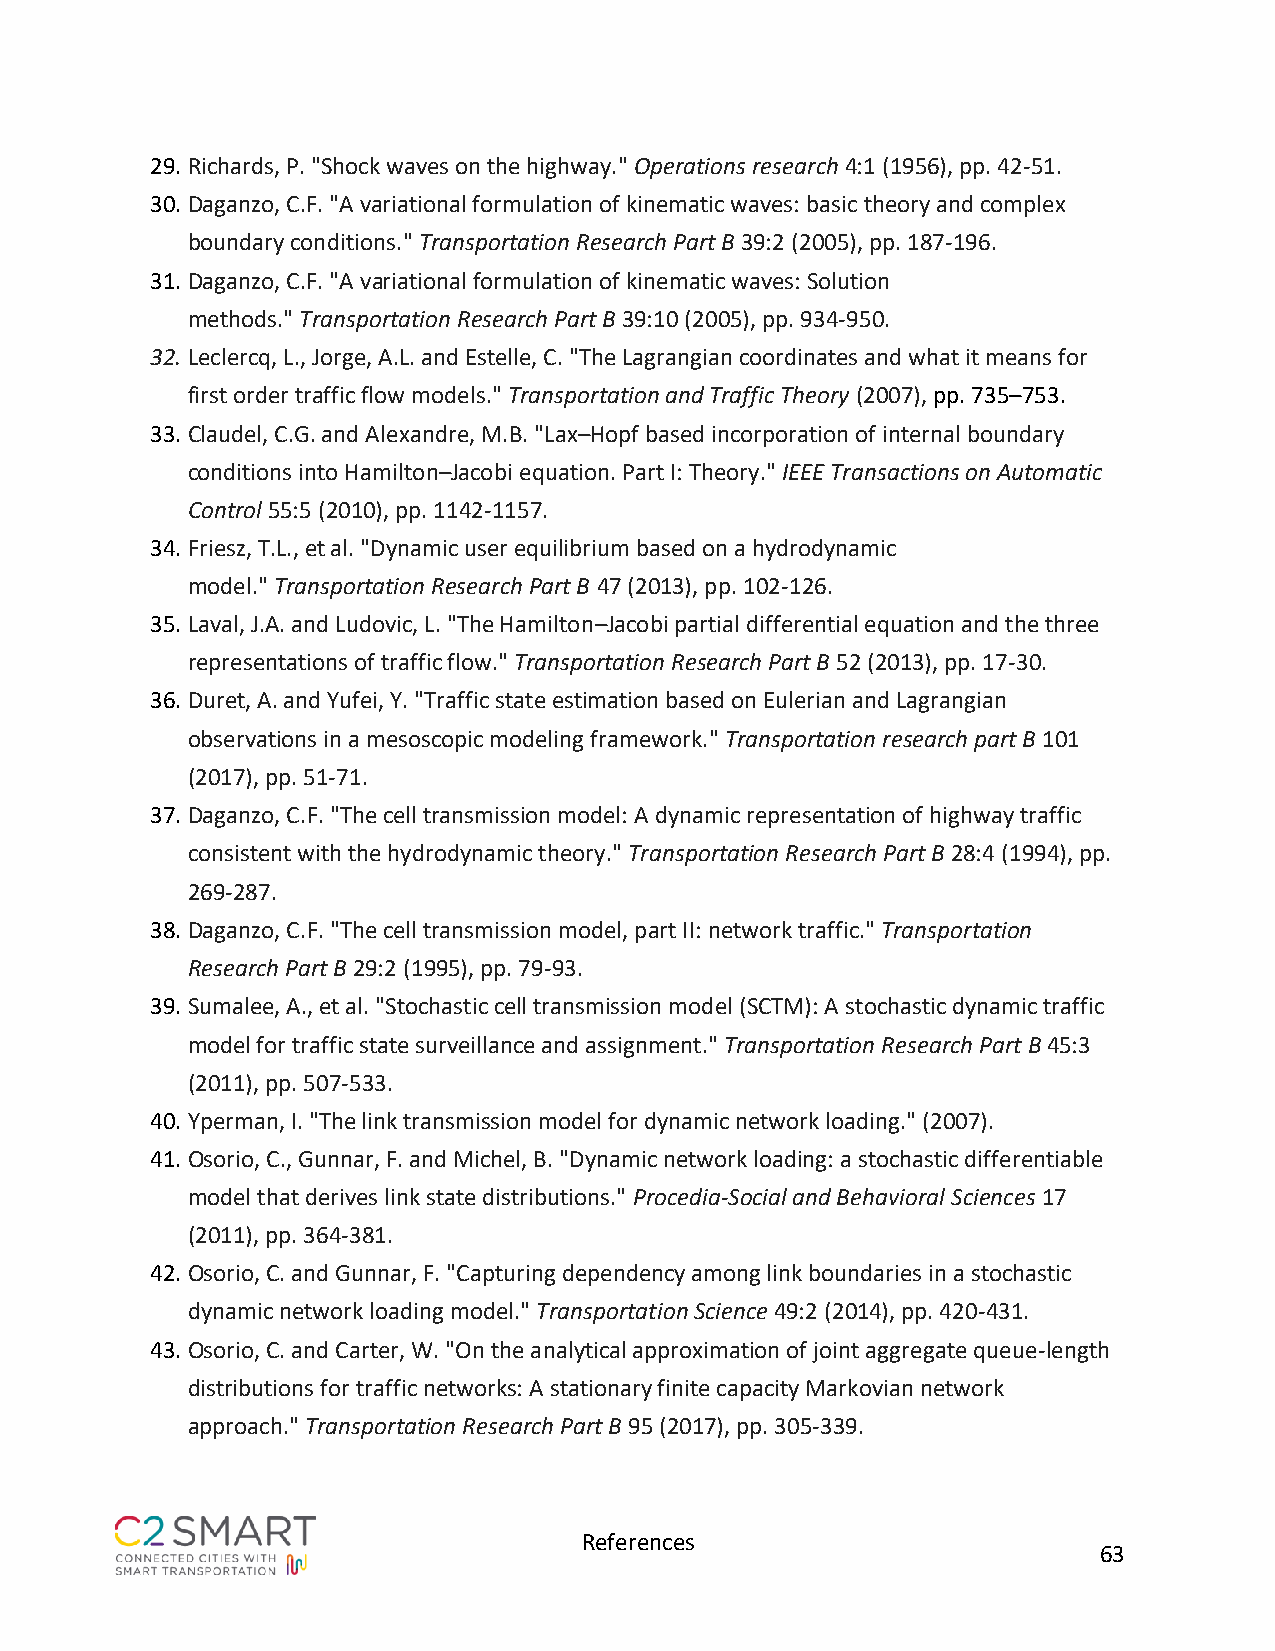
29. Richards, P. "Shock waves on the highway." Operations research 4:1 (1956), pp. 42-51.
 30. Daganzo, C.F. "A variational formulation of kinematic waves: basic theory and complex
 boundary conditions." Transportation Research Part B 39:2 (2005), pp. 187-196.
 31. Daganzo, C.F. "A variational formulation of kinematic waves: Solution
 methods." Transportation Research Part B 39:10 (2005), pp. 934-950.
 32. Leclercq, L., Jorge, A.L. and Estelle, C. "The Lagrangian coordinates and what it means for
 first order traffic flow models." Transportation and Traffic Theory (2007), pp. 735–753.
 33. Claudel, C.G. and Alexandre, M.B. "Lax–Hopf based incorporation of internal boundary
 conditions into Hamilton–Jacobi equation. Part I: Theory." IEEE Transactions on Automatic
 Control 55:5 (2010), pp. 1142-1157.
 34. Friesz, T.L., et al. "Dynamic user equilibrium based on a hydrodynamic
 model." Transportation Research Part B 47 (2013), pp. 102-126.
 35. Laval, J.A. and Ludovic, L. "The Hamilton–Jacobi partial differential equation and the three
 representations of traffic flow." Transportation Research Part B 52 (2013), pp. 17-30.
 36. Duret, A. and Yufei, Y. "Traffic state estimation based on Eulerian and Lagrangian
 observations in a mesoscopic modeling framework." Transportation research part B 101
 (2017), pp. 51-71.
 37. Daganzo, C.F. "The cell transmission model: A dynamic representation of highway traffic
 consistent with the hydrodynamic theory." Transportation Research Part B 28:4 (1994), pp.
 269-287.
 38. Daganzo, C.F. "The cell transmission model, part II: network traffic." Transportation
 Research Part B 29:2 (1995), pp. 79-93.
 39. Sumalee, A., et al. "Stochastic cell transmission model (SCTM): A stochastic dynamic traffic
 model for traffic state surveillance and assignment." Transportation Research Part B 45:3
 (2011), pp. 507-533.
 40. Yperman, I. "The link transmission model for dynamic network loading." (2007).
 41. Osorio, C., Gunnar, F. and Michel, B. "Dynamic network loading: a stochastic differentiable
 model that derives link state distributions." Procedia-Social and Behavioral Sciences 17
 (2011), pp. 364-381.
 42. Osorio, C. and Gunnar, F. "Capturing dependency among link boundaries in a stochastic
 dynamic network loading model." Transportation Science 49:2 (2014), pp. 420-431.
 43. Osorio, C. and Carter, W. "On the analytical approximation of joint aggregate queue-length
 distributions for traffic networks: A stationary finite capacity Markovian network
 approach." Transportation Research Part B 95 (2017), pp. 305-339.
 References
 63